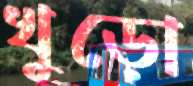
খুড়ো